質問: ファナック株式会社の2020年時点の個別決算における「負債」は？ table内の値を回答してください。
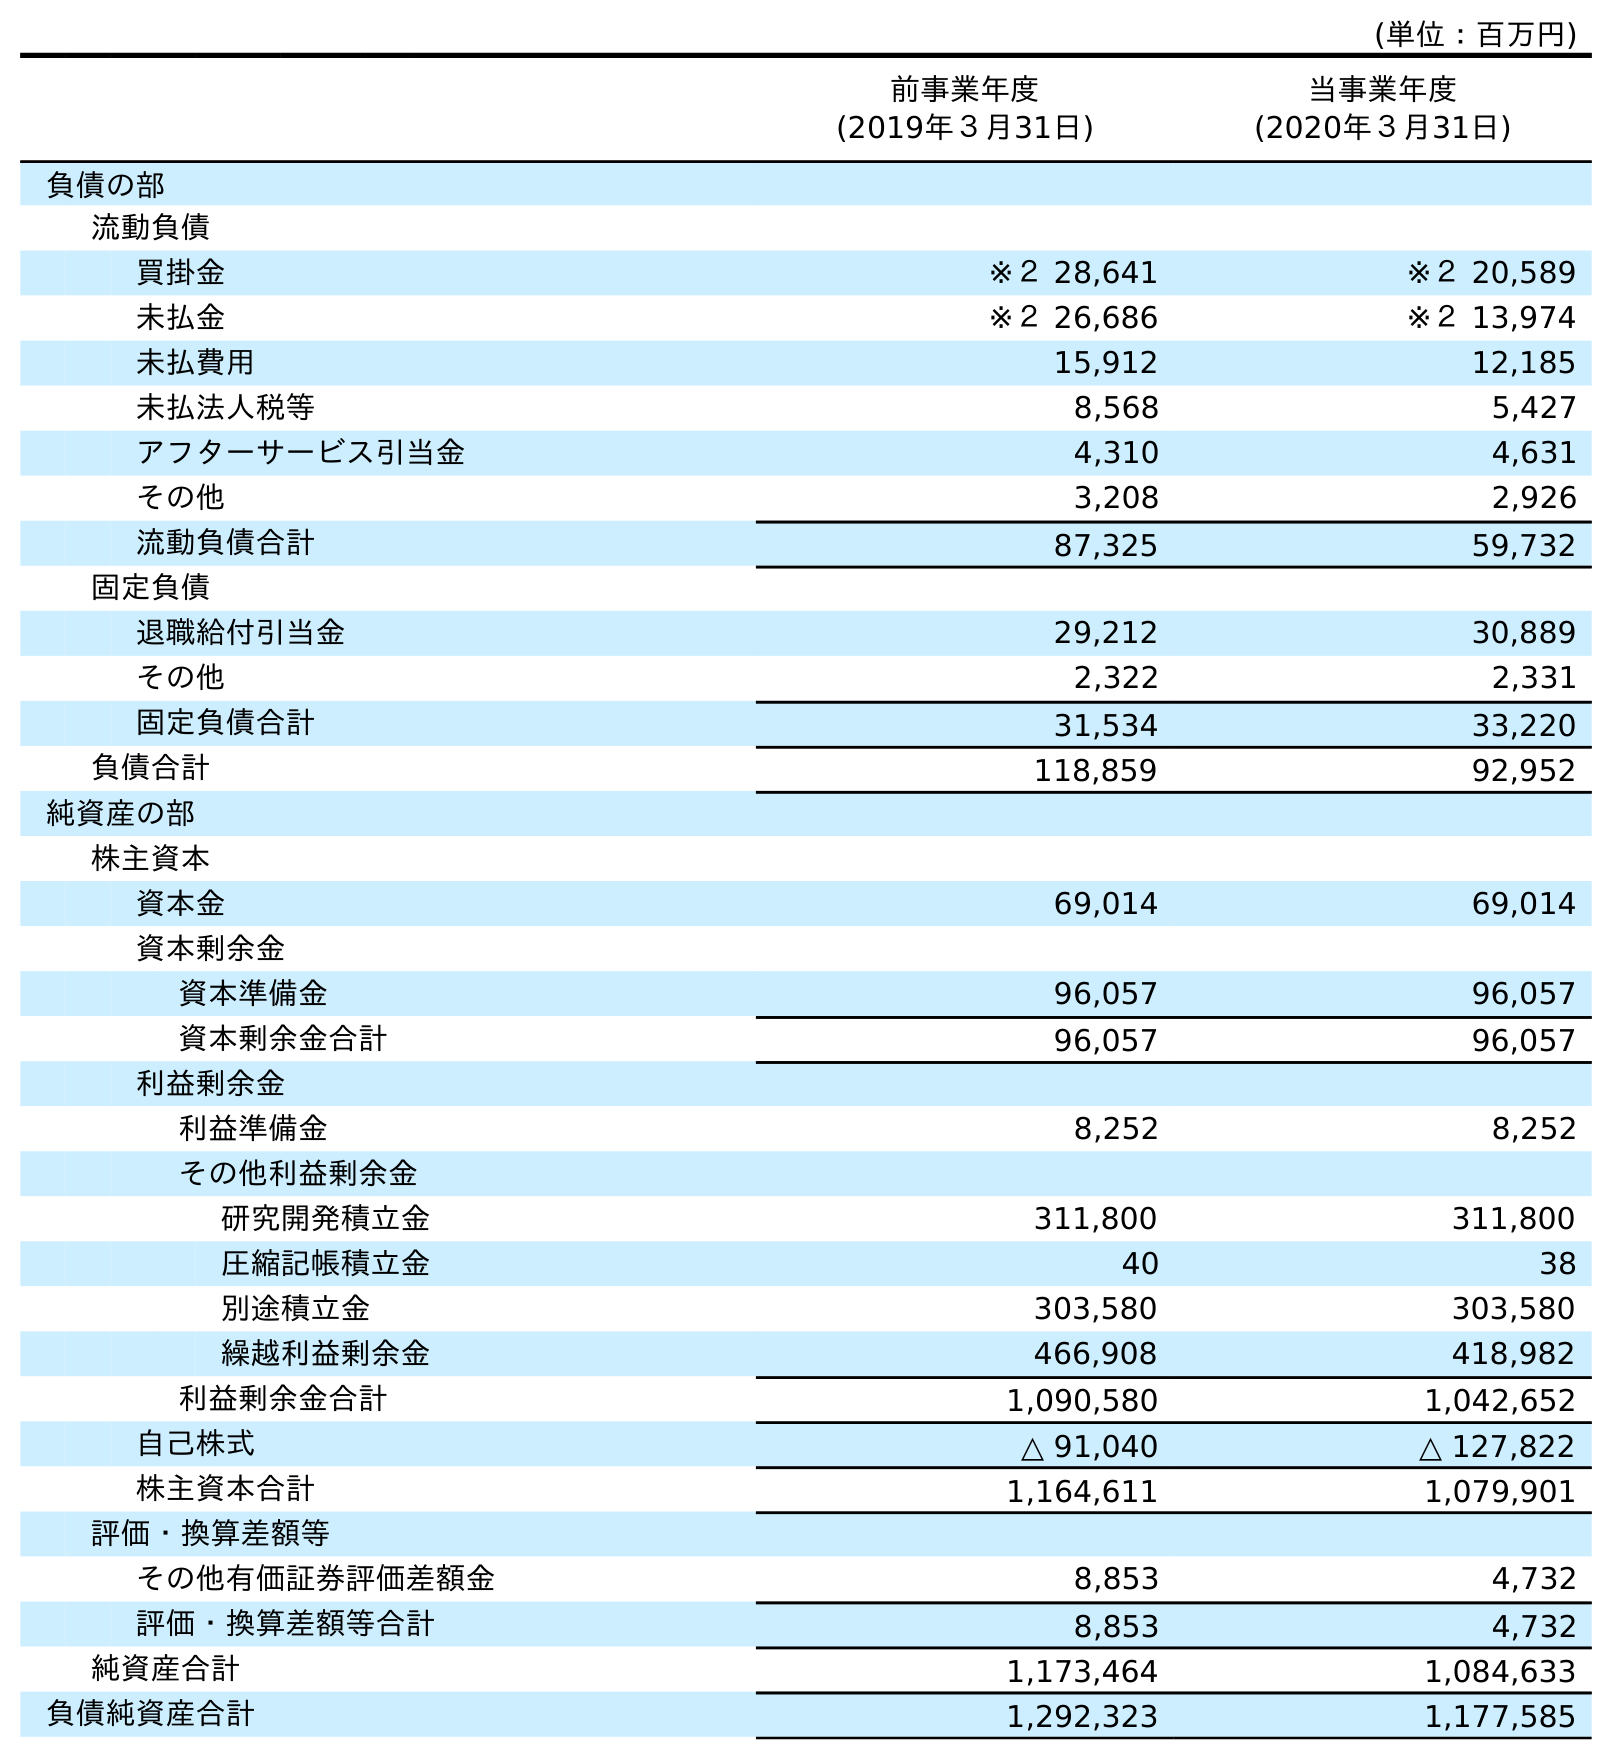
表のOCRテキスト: (単位：百万円) 前事業年度 (2019年３月31日) 当事業年度 (2020年３月31日) 負債の部 流動負債 買掛金 ※２ 28,641 ※２ 20,589 未払金 ※２ 26,686 ※２ 13,974 未払費用 15,912 12,185 未払法人税等 8,568 5,427 アフターサービス引当金 4,310 4,631 その他 3,208 2,926 流動負債合計 87,325 59,732 固定負債 退職給付引当金 29,212 30,889 その他 2,322 2,331 固定負債合計 31,534 33,220 負債合計 118,859 92,952 純資産の部 株主資本 資本金 69,014 69,014 資本剰余金 資本準備金 96,057 96,057 資本剰余金合計 96,057 96,057 利益剰余金 利益準備金 8,252 8,252 その他利益剰余金 研究開発積立金 311,800 311,800 圧縮記帳積立金 40 38 別途積立金 303,580 303,580 繰越利益剰余金 466,908 418,982 利益剰余金合計 1,090,580 1,042,652 自己株式 △ 91,040 △ 127,822 株主資本合計 1,164,611 1,079,901 評価・換算差額等 その他有価証券評価差額金 8,853 4,732 評価・換算差額等合計 8,853 4,732 純資産合計 1,173,464 1,084,633 負債純資産合計 1,292,323 1,177,585
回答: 92,952